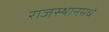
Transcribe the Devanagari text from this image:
राजस्थानमधे